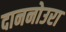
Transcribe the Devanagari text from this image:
दाननोउरा